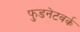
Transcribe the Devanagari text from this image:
फुडनेटवर्क